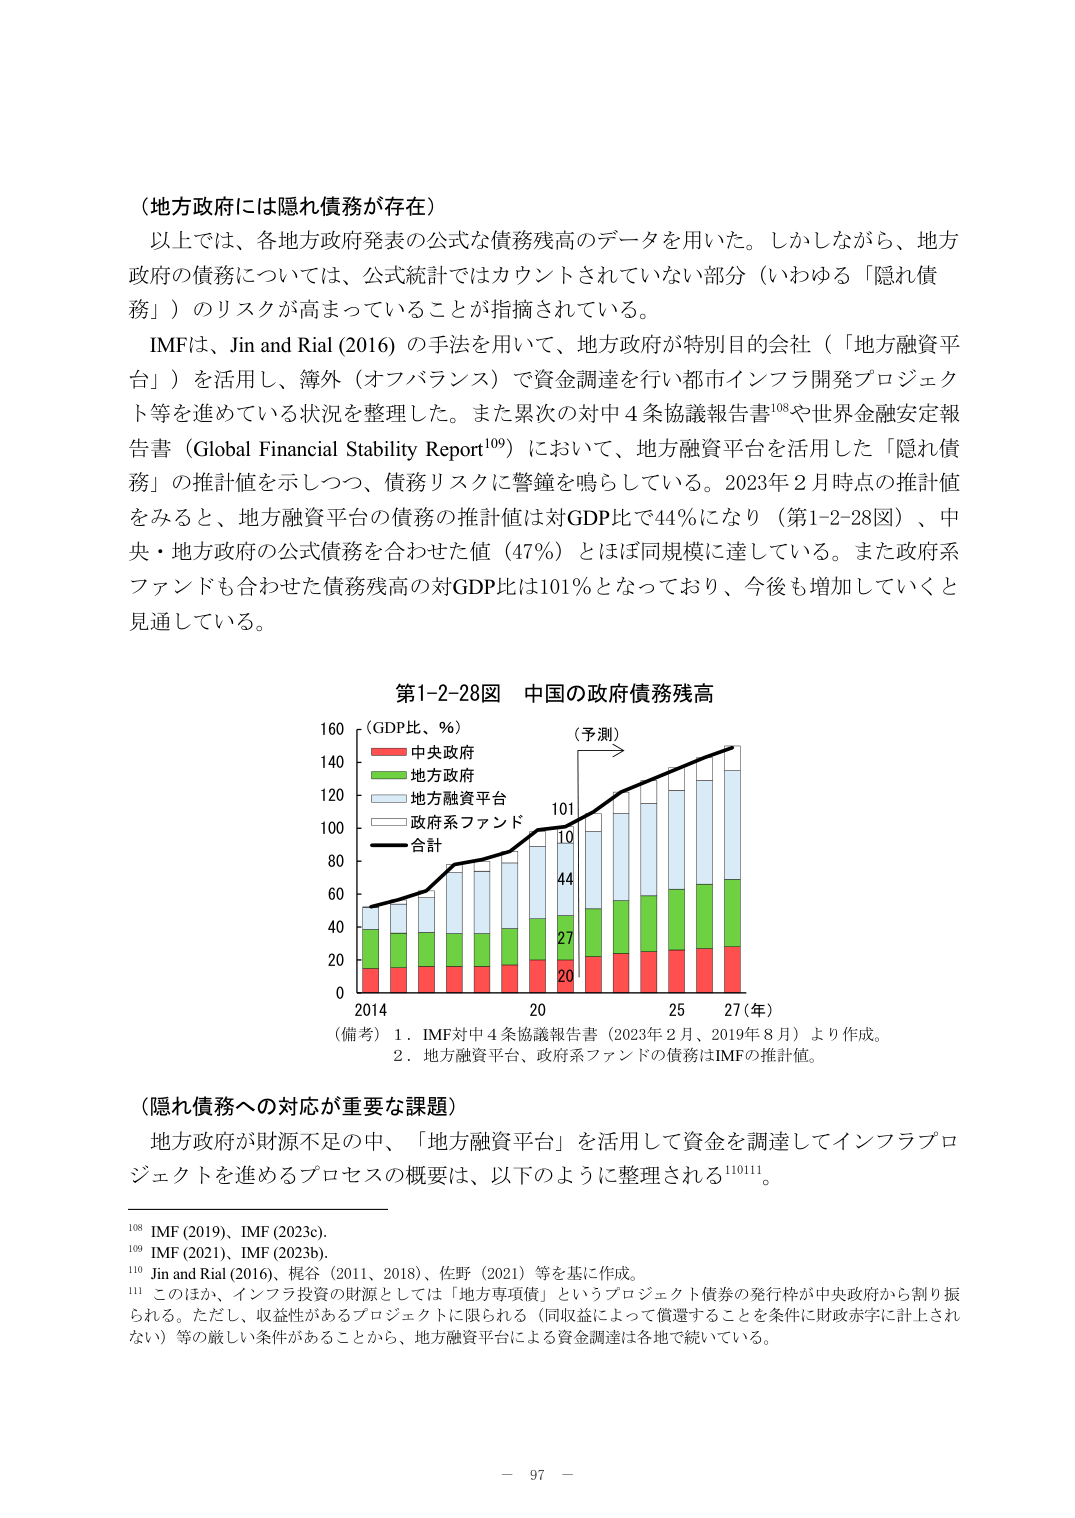
（地方政府には隠れ債務が存在）

以上では、各地方政府発表の公式な債務残高のデータを用いた。しかしながら、地方政府の債務については、公式統計ではカウントされていない部分（いわゆる「隠れ債務」）のリスクが高まっていることが指摘されている。

IMFは、Jin and Rial (2016) の手法を用いて、地方政府が特別目的会社（「地方融資平台」）を活用し、簿外（オフバランス）で資金調達を行い都市インフラ開発プロジェクト等を進めている状況を整理した。また累次の対中4条協議報告書¹⁰⁸や世界金融安定報告書（Global Financial Stability Report¹⁰⁹）において、地方融資平台を活用した「隠れ債務」の推計値を示しつつ、債務リスクに警鐘を鳴らしている。2023年2月時点の推計値をみると、地方融資平台の債務の推計値は対GDP比で44％になり（第1-2-28図）、中央・地方政府の公式債務を合わせた値（47％）とほぼ同規模に達している。また政府系ファンドも合わせた債務残高の対GDP比は101％となっており、今後も増加していくと見通している。

第1-2-28図　中国の政府債務残高

（GDP比、％）
（予測）
中央政府
地方政府
地方融資平台
政府系ファンド
合計

（備考）1．IMF対中4条協議報告書（2023年2月、2019年8月）より作成。
　　　　2．地方融資平台、政府系ファンドの債務はIMFの推計値。

（隠れ債務への対応が重要な課題）

地方政府が財源不足の中、「地方融資平台」を活用して資金を調達してインフラプロジェクトを進めるプロセスの概要は、以下のように整理される¹¹⁰¹¹¹。

¹⁰⁸ IMF (2019)、IMF (2023c)。
¹⁰⁹ IMF (2021)、IMF (2023b)。
¹¹⁰ Jin and Rial (2016)、梶谷（2011、2018）、佐野（2021）等を基に作成。
¹¹¹ このほか、インフラ投資の財源としては「地方専項債」というプロジェクト債券の発行枠が中央政府から割り振られる。ただし、収益性があるプロジェクトに限られる（同収益によって償還することを条件に財政赤字に計上されない）等の厳しい条件があることから、地方融資平台による資金調達は各地で続いている。

－ 97 －